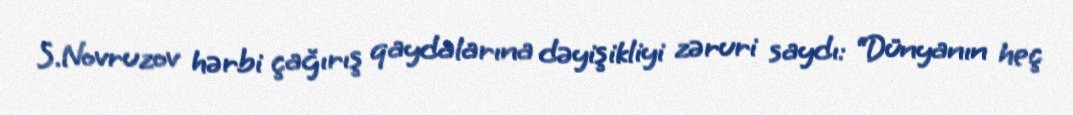
S.Novruzov hərbi çağırış qaydalarına dəyişikliyi zəruri saydı: “Dünyanın heç